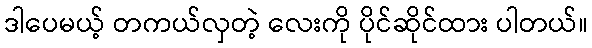
ဒါပေမယ့် တကယ်လှတဲ့ လေးကို ပိုင်ဆိုင်ထား ပါတယ်။